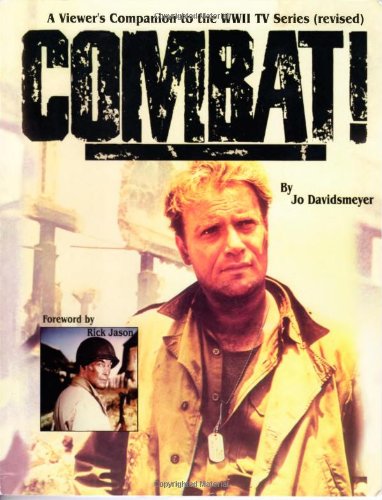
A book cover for Combat! A Viewer's Companion to the WWII TV Series, Revised Edition; Jo Davidsmeyer; Humor & Entertainment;